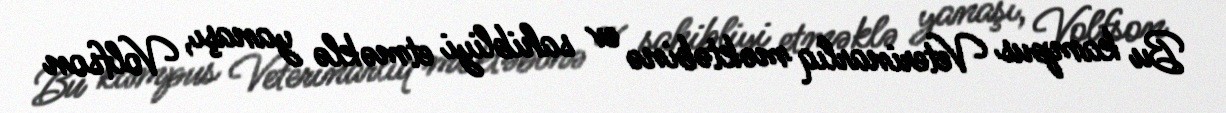
Bu kampus Veterinarlıq məktəbinə ev sahibliyi etməklə yanaşı, Volfson